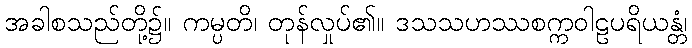
အခါစသည်တို့၌။ ကမ္ပတိ၊ တုန်လှုပ်၏။ ဒသသဟဿစက္ကဝါဠပရိယန္တံ၊